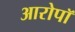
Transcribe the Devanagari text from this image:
आरोपॉ